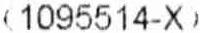
(1095514-X)